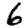
Digit: 6